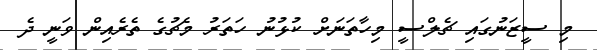
މި ސީޒަނުގައި ޗެލްސީ މިހާތަނަށް ކުޅުނު ހަތަރު މެޗުގެ ތެރެއިން ވަނީ ދެ